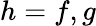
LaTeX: h=f,g